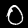
Digit: 0